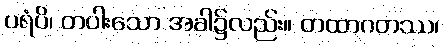
ပရံပိ၊ တပါးသော အခါ၌လည်း။ တထာဂတဿ၊